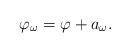
LaTeX: \begin{align*} \varphi_\omega = \varphi + a_\omega. \end{align*}